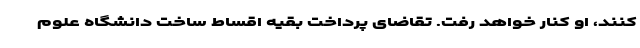
کنند، او کنار خواهد رفت. تقاضای پرداخت بقیه اقساط ساخت دانشگاه علوم